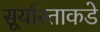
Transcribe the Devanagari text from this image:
सूर्यास्ताकडे